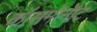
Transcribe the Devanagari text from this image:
कॉसमोनौट